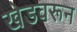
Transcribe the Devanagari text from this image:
खेडवरून